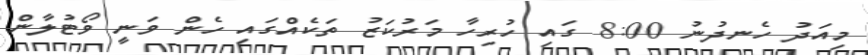
މިއަދު ހެނދުނު 8:00 ގައި ހުރިހާ މަރުކަޒު ތަކެއްގައި ހެން ވަނީ ވޯޓުލާން